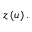
z \left( u \right) .